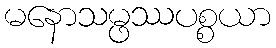
မနောသမ္ဖဿပစ္စယာ